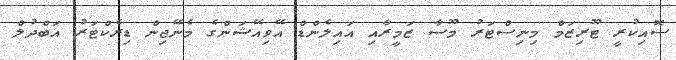
ސޮއިކުރީ ޓޫރިޒަމް މިނިސްޓަރު މޫސާ ޒަމީރާއި އައިލެންޑް އޭވިއޭޝަންގެ މެނޭޖިން ޑިރެކްޓަރު އަބްދުލް